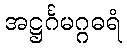
အဋ္ဌင်္ဂမဂ္ဂဓရံ